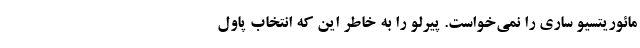
مائوریتسیو ساری را نمی‌خواست. پیرلو را به خاطر این که انتخاب پاول